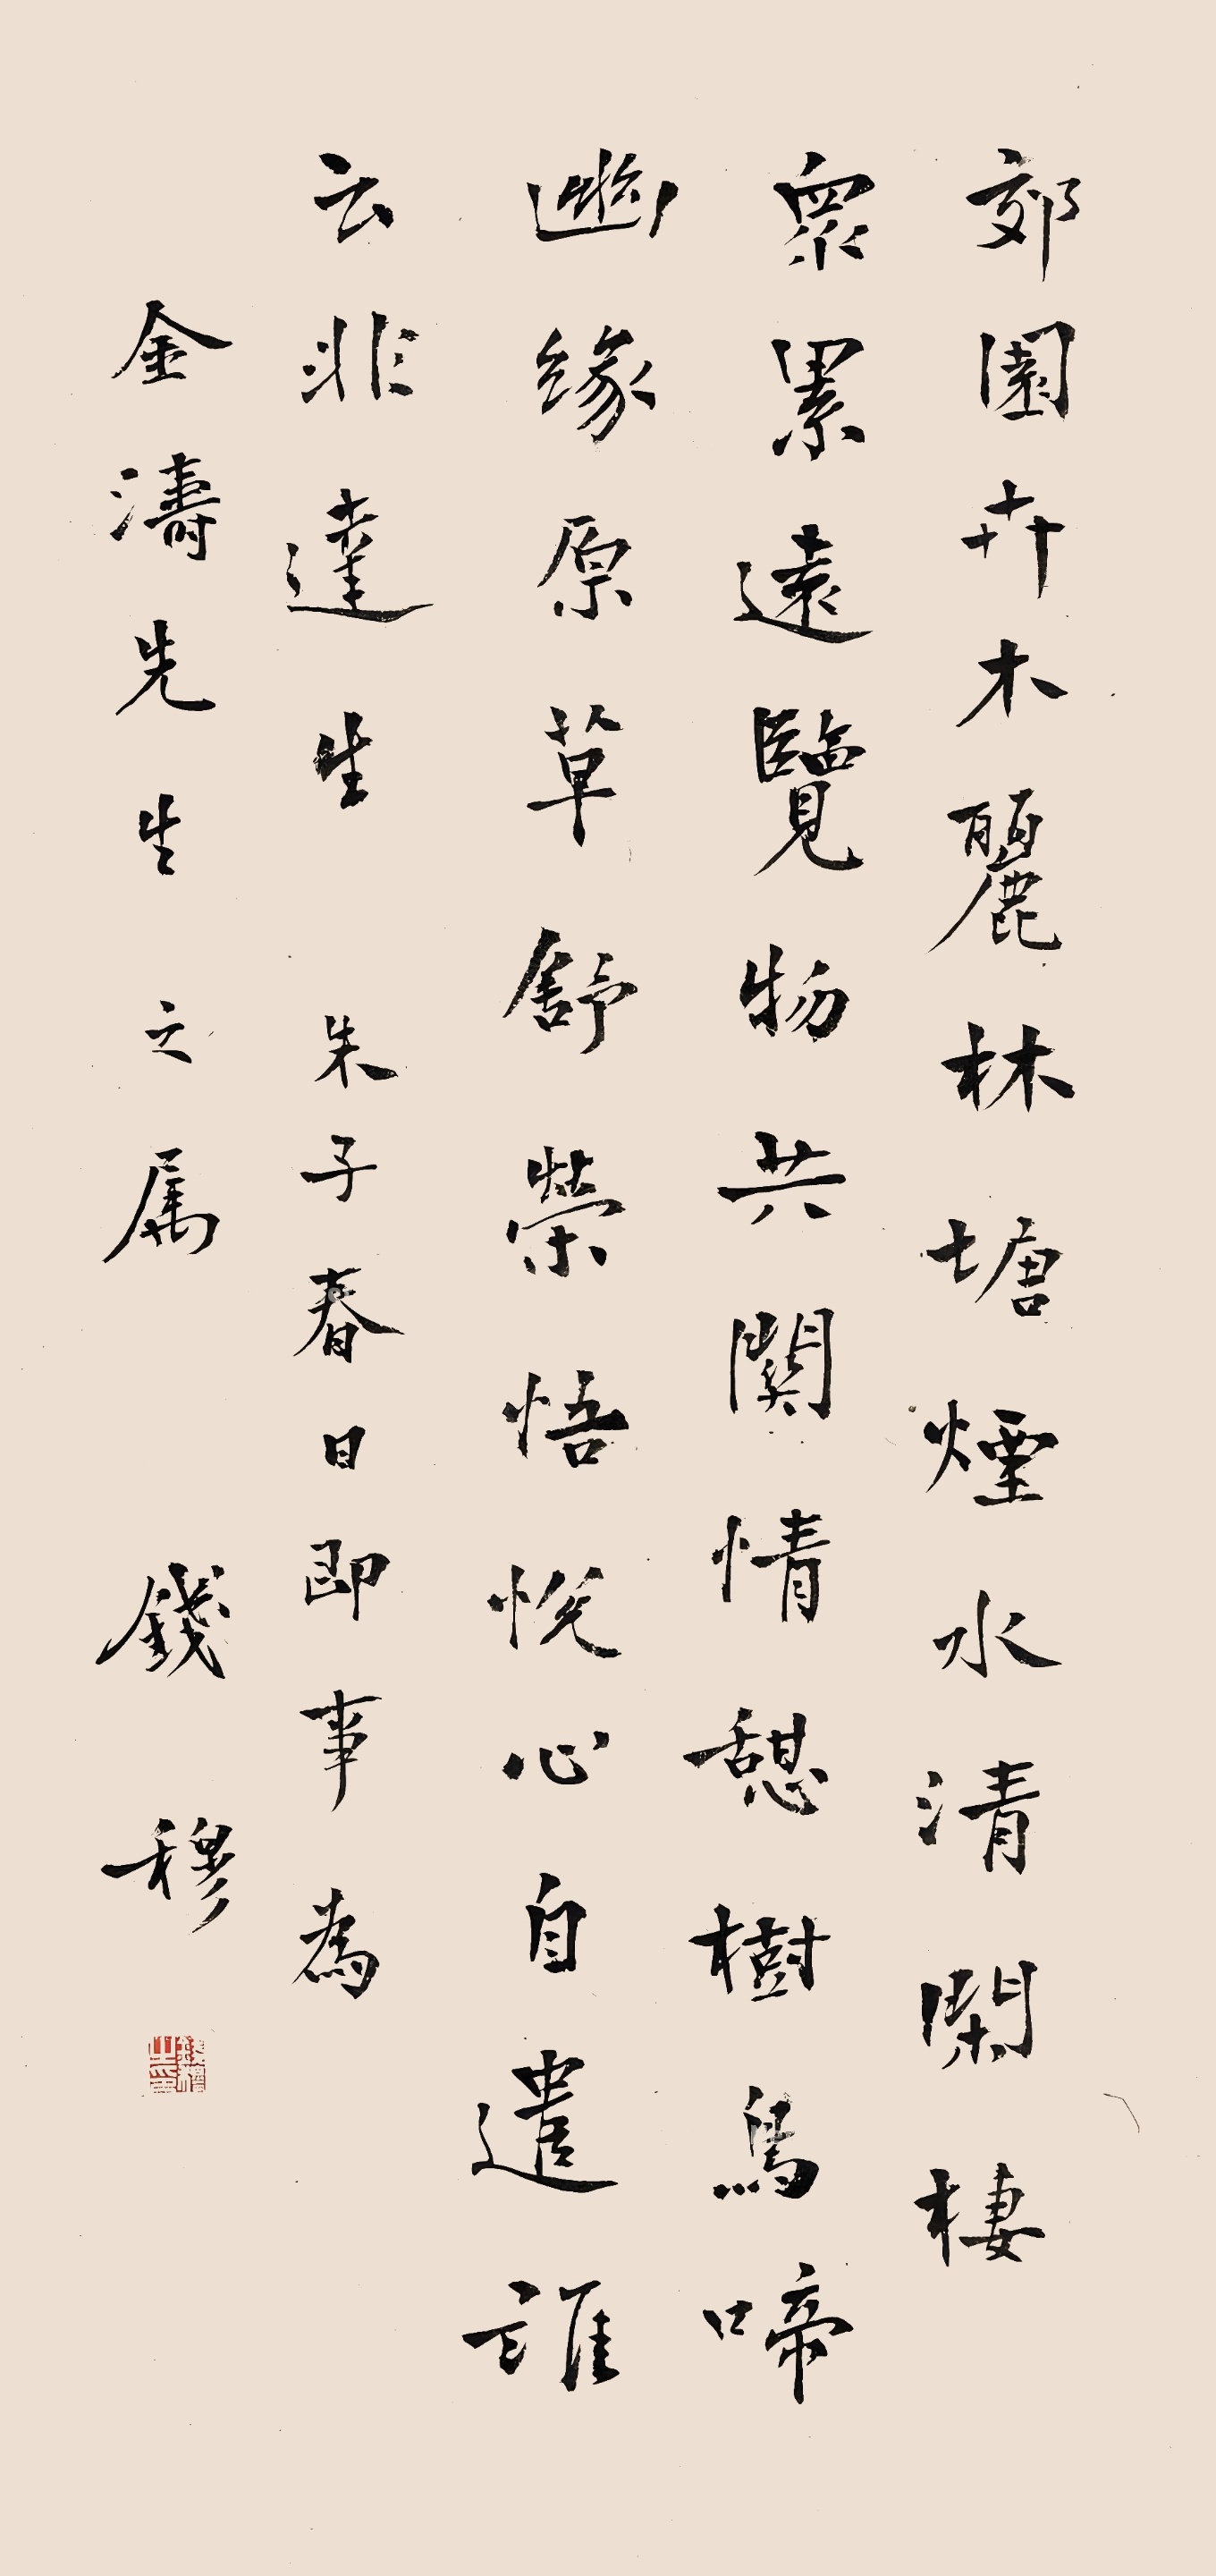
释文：郊园卉木丽，林塘烟水清，闲栖众累远，览物共关情，憩树鸟啼幽，缘原草舒荣，悟悦心自遣，谁云非达生。朱子春日即事为金涛先生之属。钱穆。